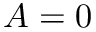
A = 0